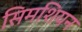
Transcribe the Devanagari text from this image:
सिमशियन